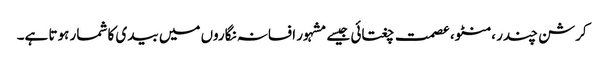
کرشن چندر ،منٹو، عصمت چغتائی جیسے مشہور افسانہ نگاروں میں بیدی کا شمار ہوتا ہے۔